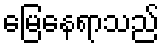
မြေနေရာသည်